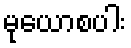
မုယောစပါး